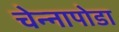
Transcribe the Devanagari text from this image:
चेन्‍नापोडा